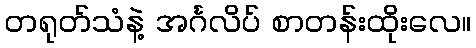
တရုတ်သံနဲ့ အင်္ဂလိပ် စာတန်းထိုးလေ။